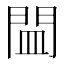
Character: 𲈨